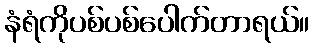
နံရံကိုပစ်ပစ်ပေါက်တာရယ်။